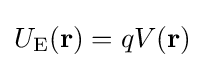
U_{\mathrm {E} }(\mathbf {r} )=qV(\mathbf {r} )